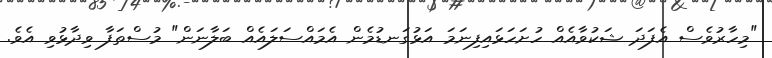
"މިހާރުވެސް އެފަދަ ޝަކުވާއެއް ހުށަހަޅައިފިނަމަ އަޅުގަނޑުމެން އެމައްސަލައެއް ބަލާނަން" މުސްތަފާ ވިދާޅުވި އެވެ.